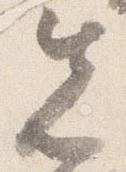
先